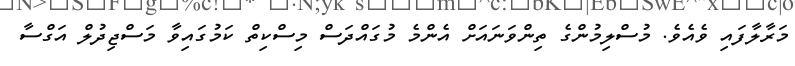
މަރާލާފައި ވެއެވެ. މުސްލިމުންގެ ތިންވަނައަށް އެންމެ މުގައްދަސް މިސްކިތް ކަމުގައިވާ މަސްޖިދުލް އަގްސާ